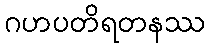
ဂဟပတိရတနဿ